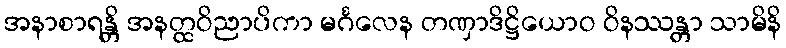
အနာစာရန္တိ အနတ္ထဝိညာပိကာ မင်္ဂလေန တဏှာဒိဋ္ဌိယောဝ ဝိနဿန္တာ သာမိနိ